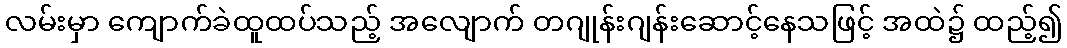
လမ်းမှာ ကျောက်ခဲထူထပ်သည့် အလျောက် တဂျုန်းဂျန်းဆောင့်နေသဖြင့် အထဲ၌ ထည့်၍